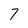
Character: 7